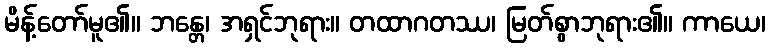
မိန့်တော်မူ၏။ ဘန္တေ၊ အရှင်ဘုရား။ တထာဂတဿ၊ မြတ်စွာဘုရား၏။ ကာယေ၊